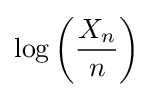
\log \left({\frac {X_{n}}{n}}\right)